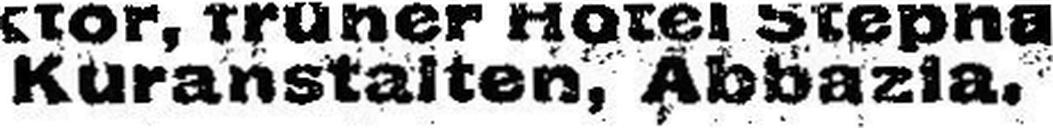
Kuranstalten, Äbbazia.